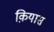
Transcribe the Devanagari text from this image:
क़ियास